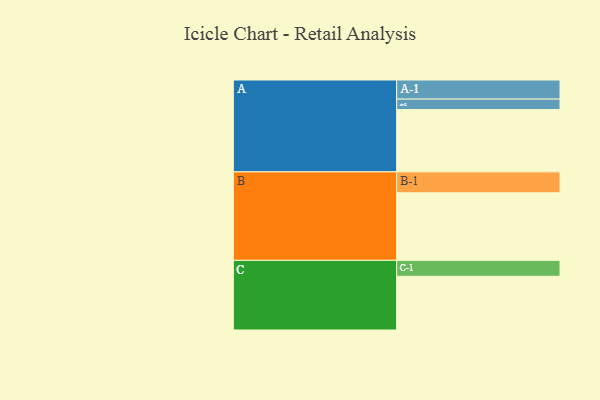
{"axis": {"x": "Segment", "y": "Value"}, "legend": ["", "A", "B", "C"], "data": [{"x": "A", "y": 482, "type": ""}, {"x": "B", "y": 523, "type": ""}, {"x": "C", "y": 416, "type": ""}, {"x": "A-1", "y": 148, "type": "A"}, {"x": "A-2", "y": 81, "type": "A"}, {"x": "B-1", "y": 162, "type": "B"}, {"x": "C-1", "y": 123, "type": "C"}]}